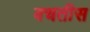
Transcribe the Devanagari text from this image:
बचतीस